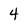
Character: 4